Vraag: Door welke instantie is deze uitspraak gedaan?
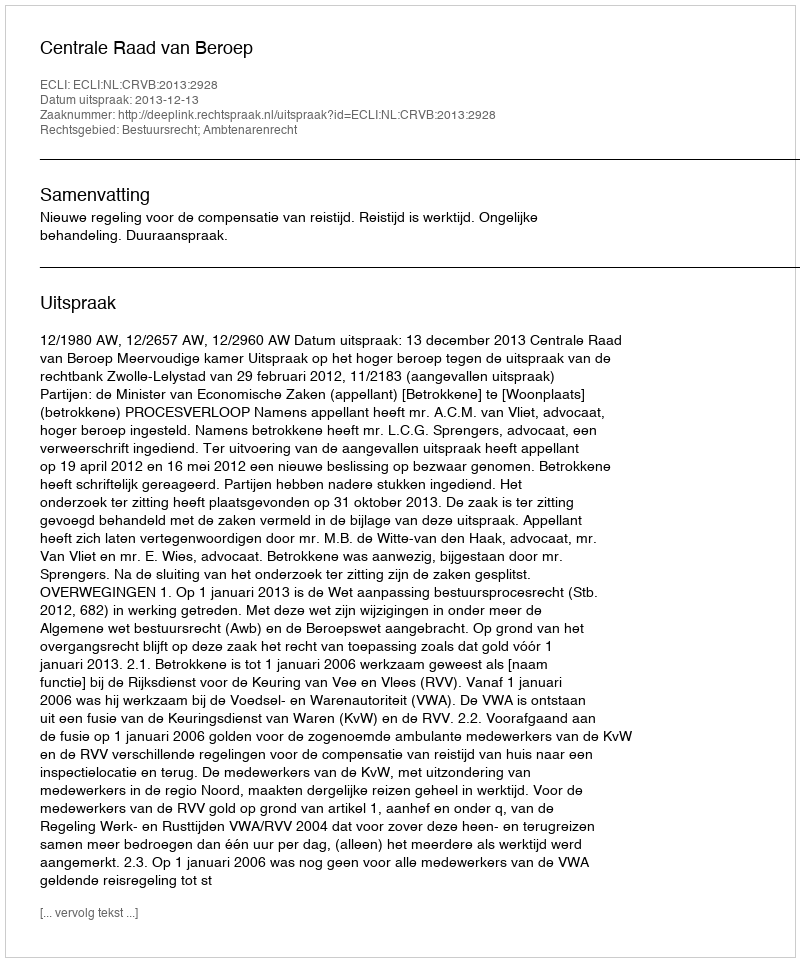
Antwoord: Centrale Raad van Beroep